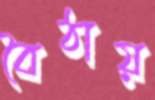
বৈঠায়